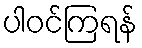
ပါဝင်ကြရန်